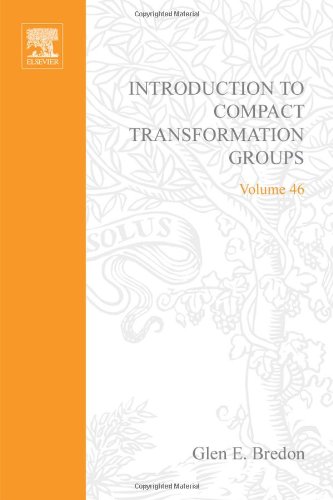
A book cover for Introduction to compact transformation groups, Volume 46 (Pure and Applied Mathematics); Glen E. Bredon; Science & Math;